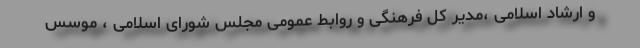
و ارشاد اسلامی ،مدیر کل فرهنگی و روابط عمومی مجلس شورای اسلامی ، موسس